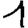
Digit: 1